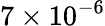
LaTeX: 7\times 10^{-6}